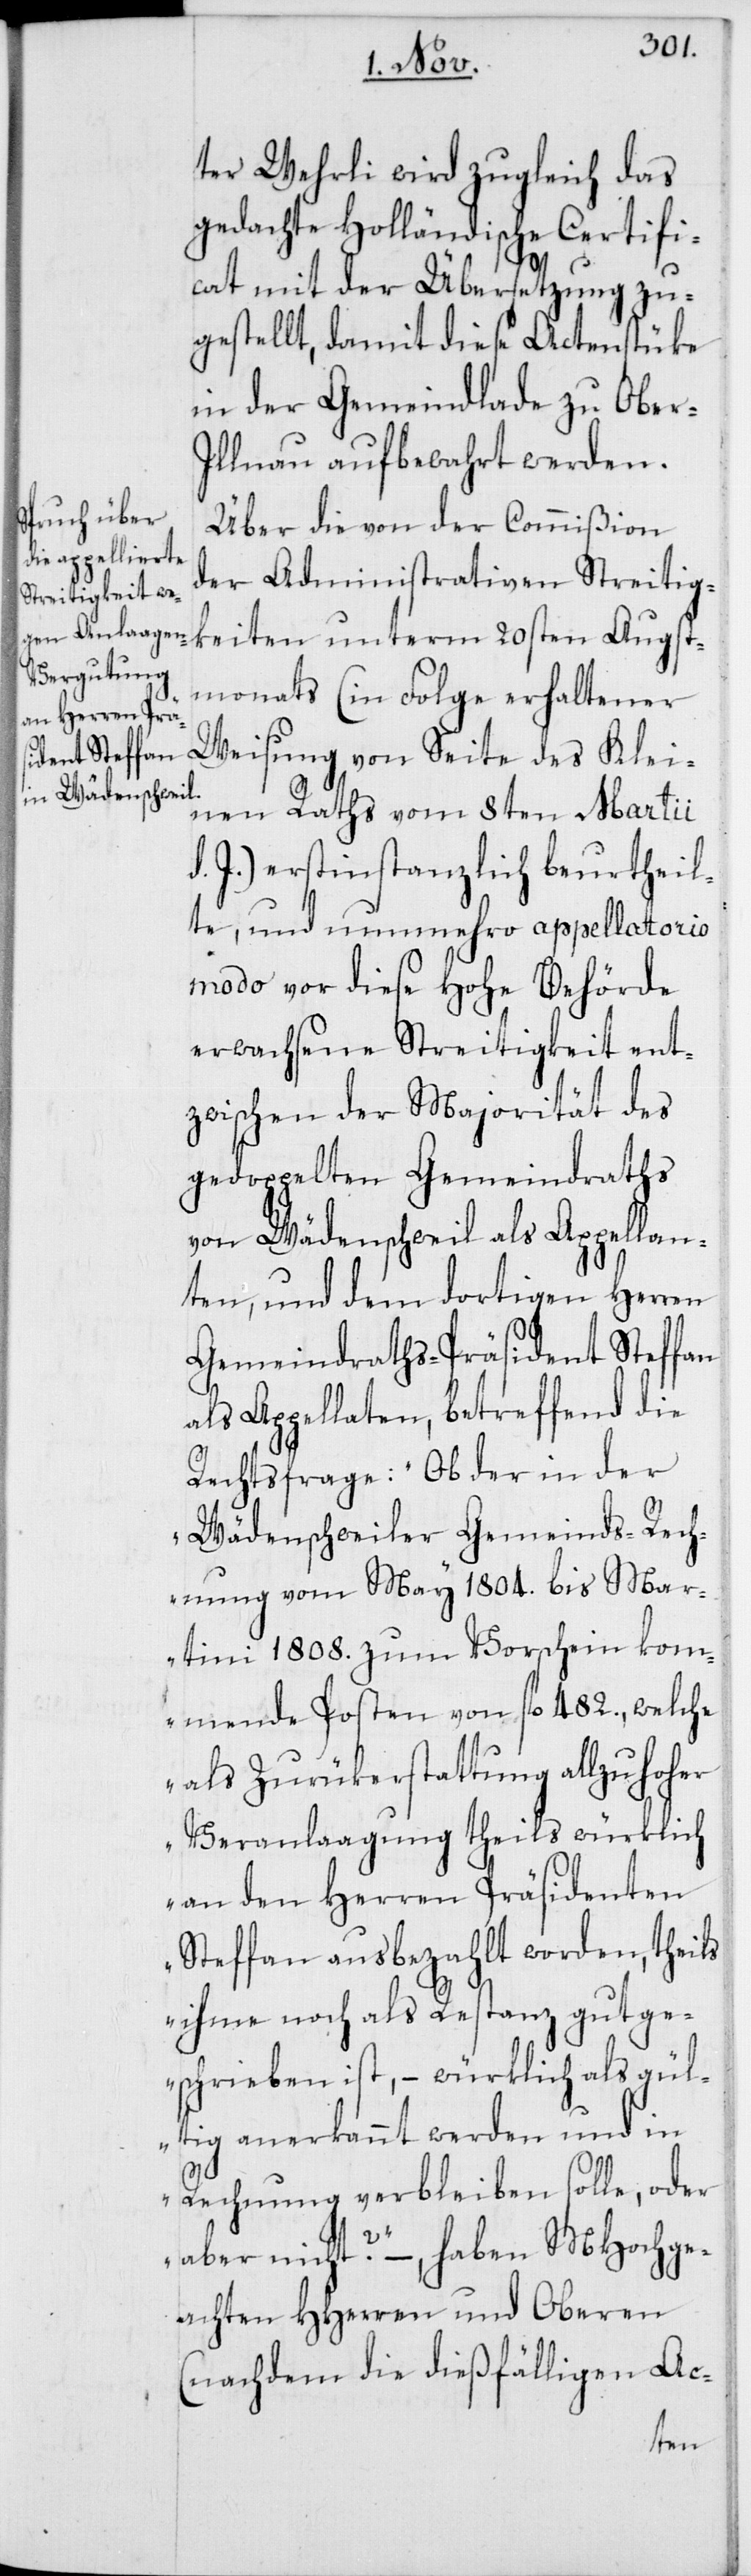
ter Wehrli wird zugleich das
gedachte Holländische Certifi¬
cat mit der Übersetzung zu¬
gestellt, damit diese Actenstüke
in der Gemeindlade zu Ober-I¬
llnau aufbewahrt werden.
Über die von der Commißion
der Administrativen Streitig¬
keiten unterm 20sten Augst¬
monats (in Folge erhaltener
Weisung von Seite des Klei¬
nen Raths vom 8ten Martii
d. J.) erstinstanzlich beurtheil¬
te, und nunmehro appellatorio
modo vor diese Hohe Behörde
erwachsene Streitigkeit ent¬
zwischen der Majorität des
gedoppelten Gemeindraths
von Wädenschweil als Appellan¬
ten, und dem dortigen Herren
Gemeindraths-Präsident Steffan
als Appellaten, betreffend die
Rechtsfrage: „Ob der in der
Wädenschweiler Gemeinds-Rech¬
nung vom May 1804. bis Mar¬
tini 1808. zum Vorschein kom¬
mende Posten von fl. 482., welche
als Zurükerstattung allzu hoher
Veranlaagung theils würklich
an den Herren Präsidenten
Steffan ausbezahlt worden, theils
ihme noch als Restanz gutge¬
schrieben ist, – würklich als gül¬
tig anerkannt werden und in
Rechnung verbleiben solle, oder
aber nicht?“ –, haben MHochge¬
achten HHerren und Oberen
(nachdem die dießfälligen Ac-